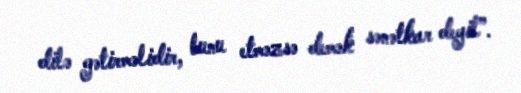
dilə gətirməlidir, bunu etməzsə demək sənətkar deyil”.